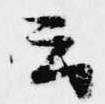
云